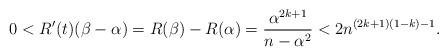
LaTeX: \begin{align*} 0 < R'(t) (\beta-\alpha) = R(\beta) - R(\alpha) = \frac{\alpha^{2k+1}}{n - \alpha^2} < 2n^{(2k+1)(1-k)-1}.\end{align*}